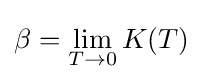
\beta =\lim _{T\to 0}K(T)